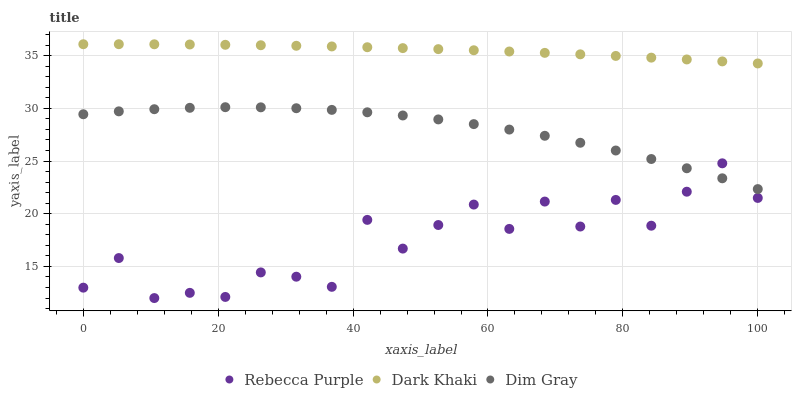
| xaxis_label | Rebecca Purple | Dark Khaki | Dim Gray |
 | --- | --- | --- | --- |
 | 0 | 13 | 36.1 | 29.4 |
 | 5.26 | 15.8 | 36.1 | 29.7 |
 | 10.5 | 12 | 36.1 | 29.9 |
 | 15.8 | 12.5 | 36.1 | 30 |
 | 21.1 | 12.1 | 36 | 30.1 |
 | 26.3 | 14.4 | 36 | 30.1 |
 | 31.6 | 14 | 35.9 | 30 |
 | 36.8 | 13.1 | 35.9 | 29.9 |
 | 42.1 | 19.4 | 35.8 | 29.6 |
 | 47.4 | 16.7 | 35.7 | 29.3 |
 | 52.6 | 18.9 | 35.6 | 28.9 |
 | 57.9 | 20.9 | 35.5 | 28.5 |
 | 63.2 | 18.6 | 35.4 | 28 |
 | 68.4 | 21.2 | 35.3 | 27.4 |
 | 73.7 | 18.8 | 35.1 | 26.7 |
 | 78.9 | 21.3 | 35 | 26 |
 | 84.2 | 18.9 | 34.8 | 25.2 |
 | 89.5 | 22.1 | 34.6 | 24.3 |
 | 94.7 | 24.8 | 34.5 | 23.4 |
 | 100 | 21.5 | 34.3 | 22.3 |